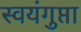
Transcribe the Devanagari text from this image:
स्वयंगुप्ता